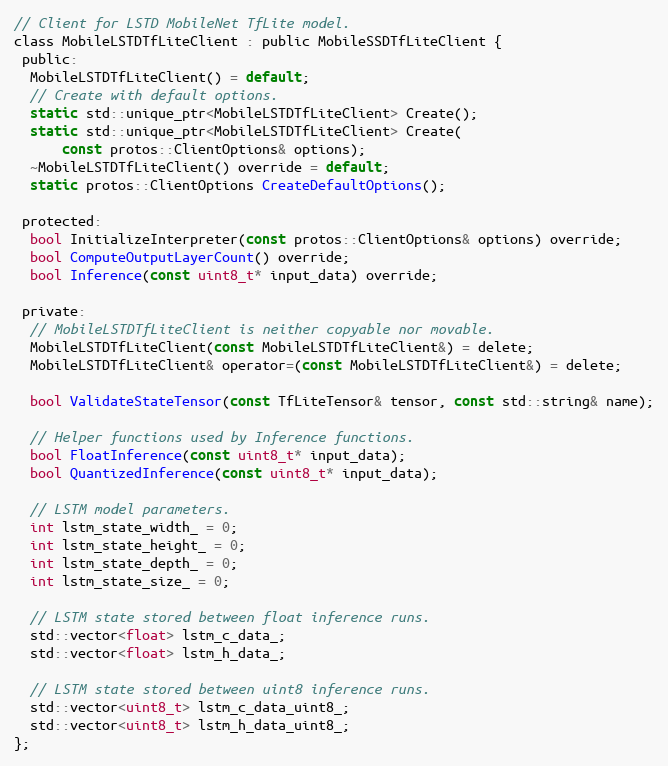
Language: C
// Client for LSTD MobileNet TfLite model.
class MobileLSTDTfLiteClient : public MobileSSDTfLiteClient {
 public:
  MobileLSTDTfLiteClient() = default;
  // Create with default options.
  static std::unique_ptr<MobileLSTDTfLiteClient> Create();
  static std::unique_ptr<MobileLSTDTfLiteClient> Create(
      const protos::ClientOptions& options);
  ~MobileLSTDTfLiteClient() override = default;
  static protos::ClientOptions CreateDefaultOptions();

 protected:
  bool InitializeInterpreter(const protos::ClientOptions& options) override;
  bool ComputeOutputLayerCount() override;
  bool Inference(const uint8_t* input_data) override;

 private:
  // MobileLSTDTfLiteClient is neither copyable nor movable.
  MobileLSTDTfLiteClient(const MobileLSTDTfLiteClient&) = delete;
  MobileLSTDTfLiteClient& operator=(const MobileLSTDTfLiteClient&) = delete;

  bool ValidateStateTensor(const TfLiteTensor& tensor, const std::string& name);

  // Helper functions used by Inference functions.
  bool FloatInference(const uint8_t* input_data);
  bool QuantizedInference(const uint8_t* input_data);

  // LSTM model parameters.
  int lstm_state_width_ = 0;
  int lstm_state_height_ = 0;
  int lstm_state_depth_ = 0;
  int lstm_state_size_ = 0;

  // LSTM state stored between float inference runs.
  std::vector<float> lstm_c_data_;
  std::vector<float> lstm_h_data_;

  // LSTM state stored between uint8 inference runs.
  std::vector<uint8_t> lstm_c_data_uint8_;
  std::vector<uint8_t> lstm_h_data_uint8_;
};